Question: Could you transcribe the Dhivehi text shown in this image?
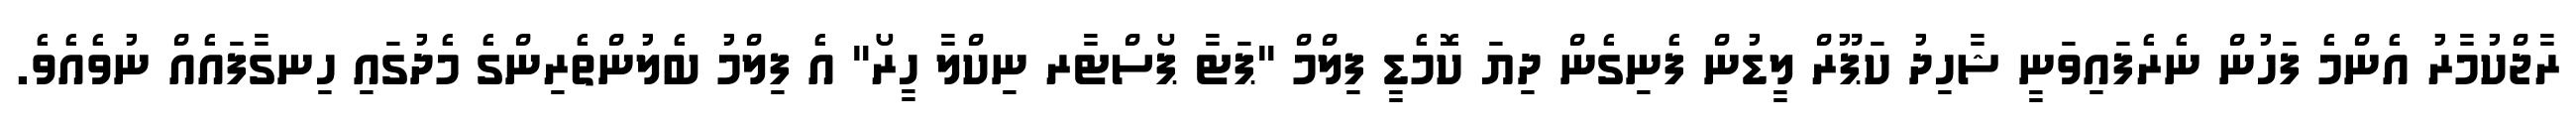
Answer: ރާޖްކުމާރު އެންމެ ފަހުން ނެރެފައިވަނީ ޝާހިދު ކަޕޫރް ލީޑުން ފެނިގެން ދިޔަ ކޮމެޑީ ފިލްމް "ޕަޓާ ޕޯސްޓާރ ނިކްލާ ހީރޯ" އެ ފިލްމު ބެލުންތެރިންގެ މެދުގައި ހިނގާފައެއް ނުވެއެވެ.